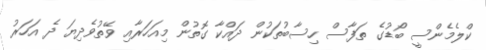
ކްލެމެންސީ ބޯޑުގެ ތަފާސް ހިސާބުތަކުން ދައްކާ ގޮތުން މިއަހަރާއި ވޭތުވެދިޔަ ދެ އަހަރު